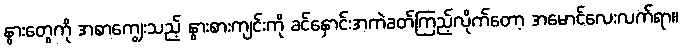
နွားတွေကို အစာကျွေးသည့် နွားစားကျင်းကို ခင်နှောင်းအကဲခတ်ကြည့်လိုက်တော့ အမောင်လေးလက်ရာ။